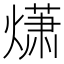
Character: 𤎻